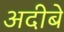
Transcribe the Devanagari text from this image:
अदीबे